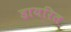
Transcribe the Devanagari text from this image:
डायरित